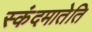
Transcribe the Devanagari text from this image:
स्कंदमातेति